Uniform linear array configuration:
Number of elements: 32
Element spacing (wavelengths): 0.5
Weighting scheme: kaiser
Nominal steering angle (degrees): -30
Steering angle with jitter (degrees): -29.725
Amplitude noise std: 0.05
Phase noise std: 0.05

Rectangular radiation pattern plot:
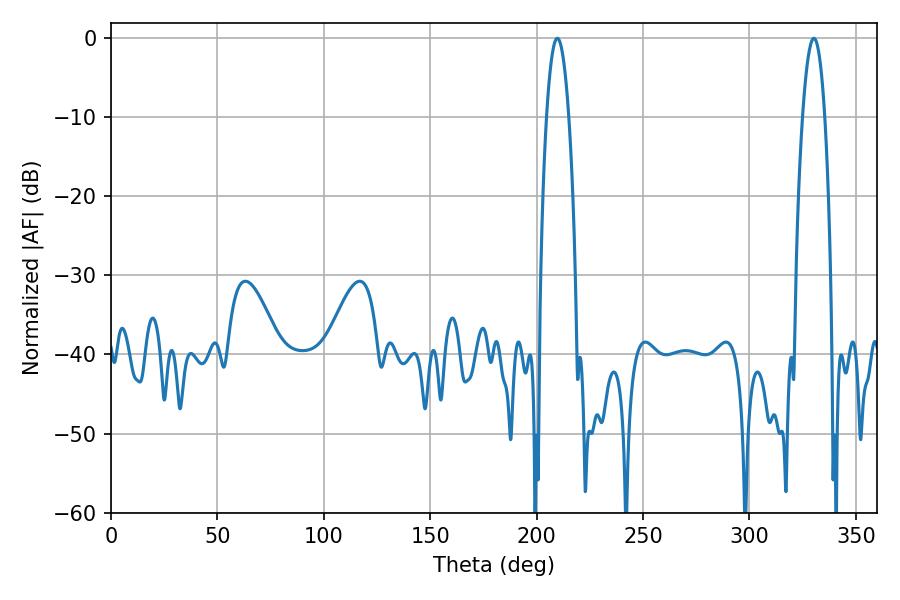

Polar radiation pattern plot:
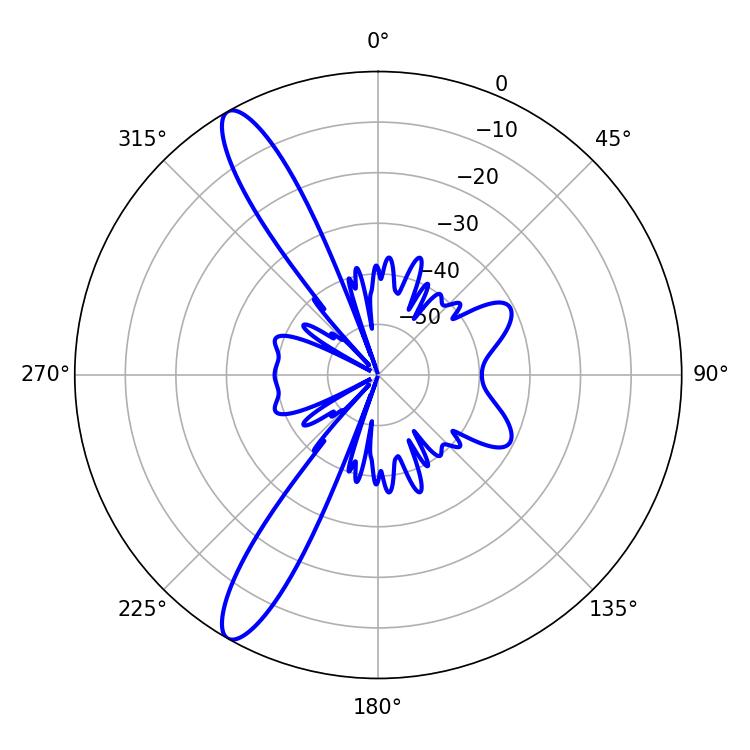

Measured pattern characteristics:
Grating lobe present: FALSE
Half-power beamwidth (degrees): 5.76
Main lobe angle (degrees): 209.7